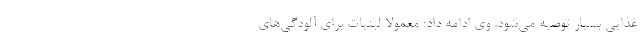
غذایی بسیار توصیه می‌شود. وی ادامه داد: معمولاً لبنیات برای آلودگی‌های